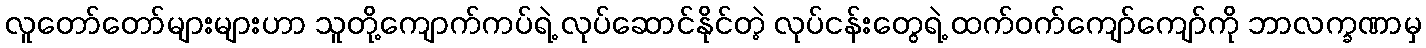
လူတော်တော်များများဟာ သူတို့ကျောက်ကပ်ရဲ့ လုပ်ဆောင်နိုင်တဲ့ လုပ်ငန်းတွေရဲ့ ထက်ဝက်ကျော်ကျော်ကို ဘာလက္ခဏာမှ